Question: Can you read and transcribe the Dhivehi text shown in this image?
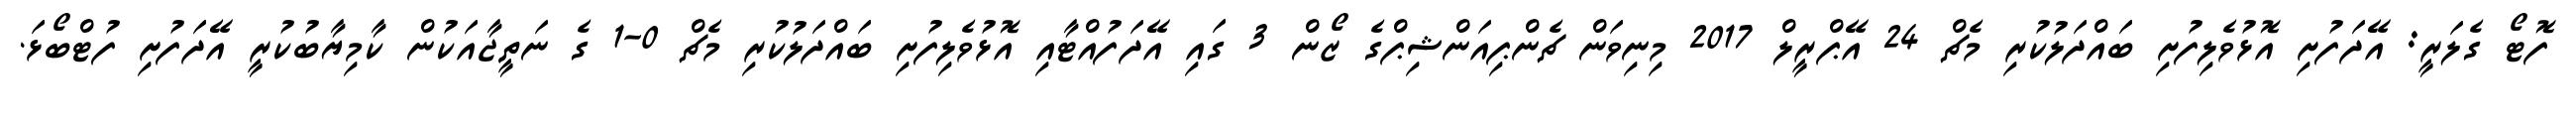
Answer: ފޮޓޯ ގެލަރީ: އޭދަފުށި އޮޅުވެލިފުށި ބައްދަލުކުރި މެޗް 24 އޭޕްރީލް 2017 މިނިވަން ޗެންޕިއަންޝިޕްގެ ޒޯން 3 ގައި އޭދަފުއްޓާއި އޮޅުވެލިފުށި ބައްދަލުކުރި މެޗް 0-1 ގެ ނަތީޖާއަކުން ކާމިޔާބުކުރީ އޭދަފުށި ފުޓްބޯޅަ.